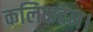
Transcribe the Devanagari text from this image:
कलिकदन।